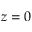
z = 0